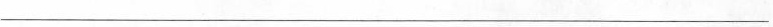
___